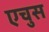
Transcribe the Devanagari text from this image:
एचुस